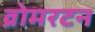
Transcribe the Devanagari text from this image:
व्रोमरटन